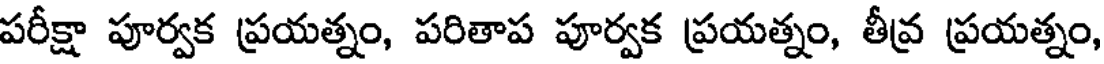
పరీక్షా పూర్వక ప్రయత్నం, పరితాప పూర్వక ప్రయత్నం, తీవ్ర ప్రయత్నం,